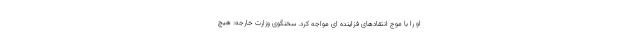
او را با موج انتقادهای فزاینده ای مواجه کرد. سخنگوی وزارت خارجه: هیچ